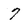
Character: 7